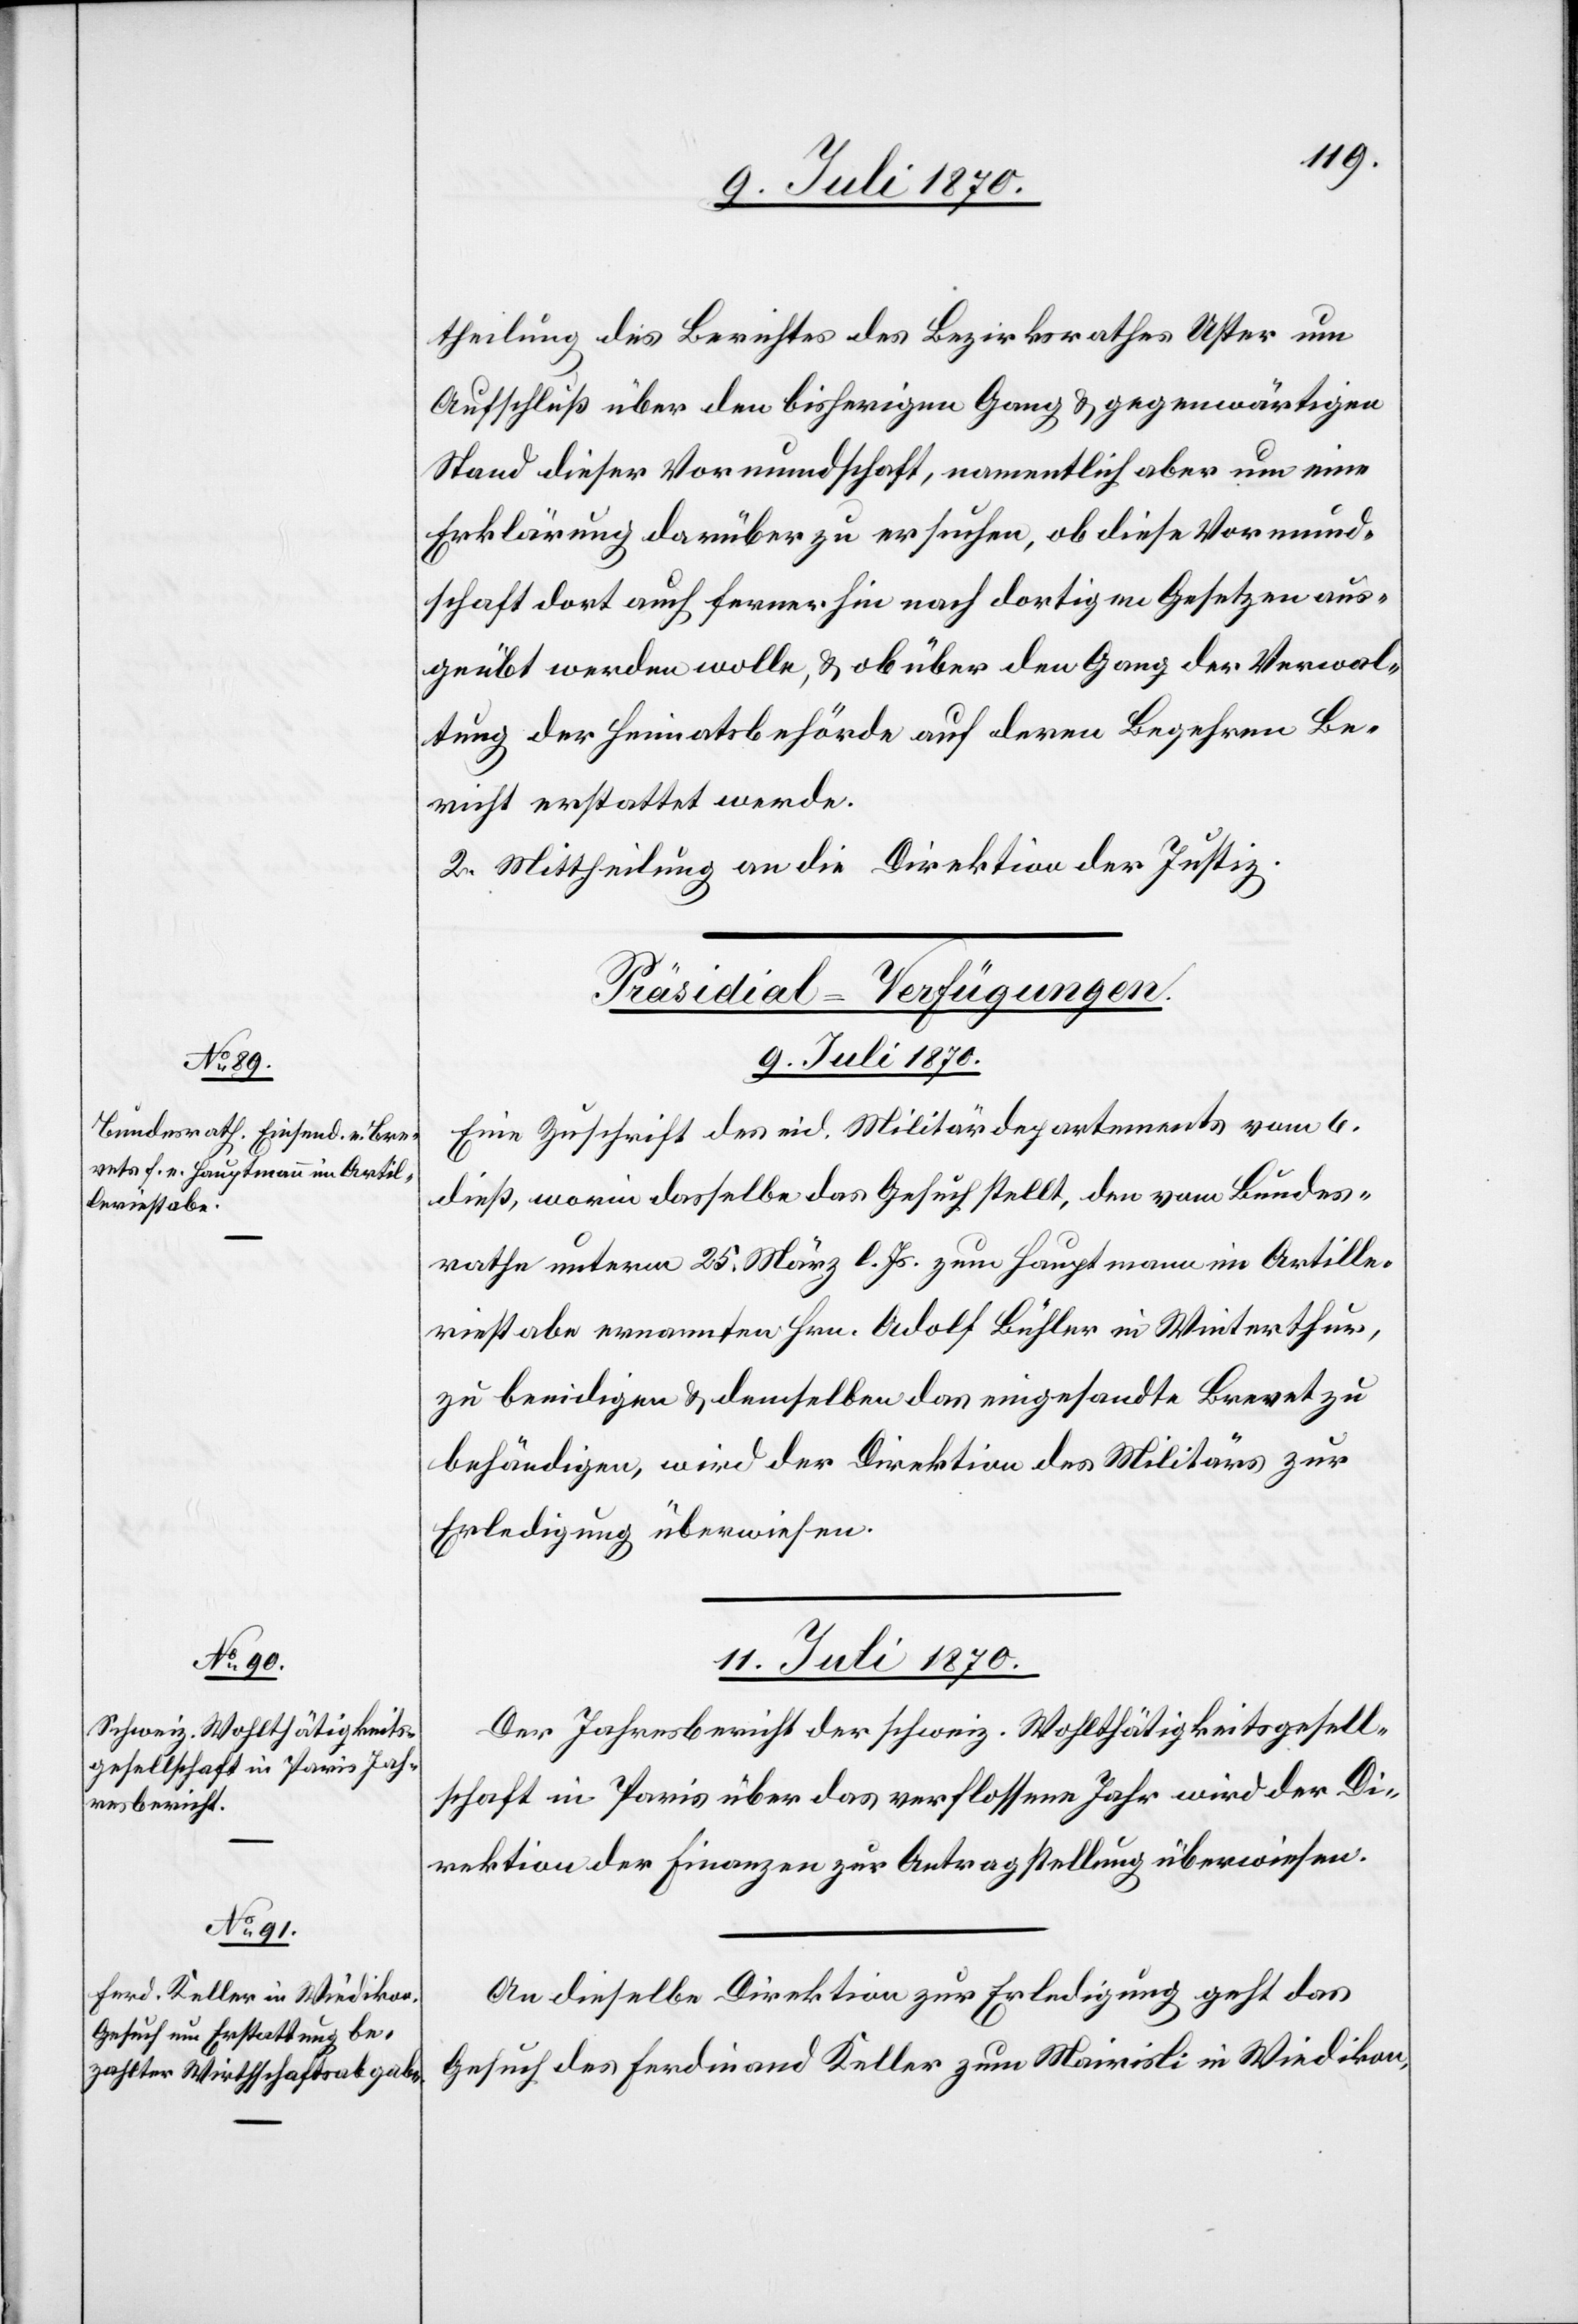
theilung des Berichtes des Bezirksrathes Uster um
Aufschluß über den bisherigen Gang & gegenwärtigen
Stand dieser Vormundschaft, namentlich aber um eine
Erklärung darüber zu ersuchen, ob diese Vormund¬
schaft dort auch fernerhin nach dortigen Gesetzen aus¬
geübt werden wolle, & ob über den Gang der Verwal¬
tung der Heimatsbehörde auf deren Begehren Be¬
richt erstattet werde.
2. Mittheilung an die Direktion der Justiz.
[Präsidial-Verfügungen.
9. Juli 1870.
Eine Zuschrift des eid. Militärdepartements vom 6.
dieß, worin dasselbe das Gesuch stellt, den vom Bundes¬
rathe unterm 25. März l. Js. zum Hauptmann im Artille¬
riestabe ernannten Hrn. Adolf Bühler in Winterthur,
zu beeidigen & demselben das eingesandte Brevet zu
behändigen, wird der Direktion des Militärs zur
Erledigung überwiesen.
11. Juli 1870.]
Der Jahresbericht der schweiz. Wohlthätigkeitsgesell¬
schaft in Paris über das verflossene Jahr wird der Di¬
rektion der Finanzen zur Antragstellung überwiesen.
An dieselbe Direktion zur Erledigung geht das
Gesuch des Ferdinand Keller zum Mairisli in Wiedikon,